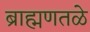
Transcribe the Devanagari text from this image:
ब्राह्मणतळे